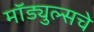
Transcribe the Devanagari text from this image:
मॉड्युल्सचे